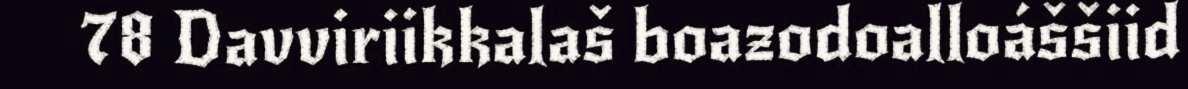
78 Davviriikkalaš boazodoalloáššiid